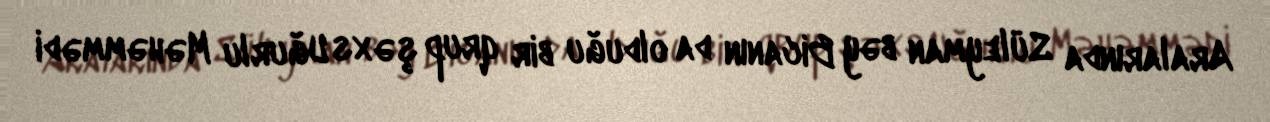
Aralarında Süleyman bəy Bicanın da olduğu bir qrup şəxs Uğurlu Məhəmmədi